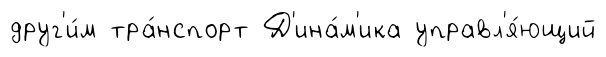
друг'и́м тра́нспорт Д'ина́м'ика управл'я́ющий